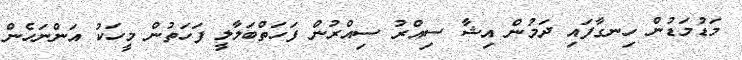
މަޑުމަޑުން ހިނގާފައި ދަމުން އިޝާ ސިއްރު ސިއްރުން ފަހަތްބަލާލީ ފަހަތުން މީހަކު އަންނަހެން